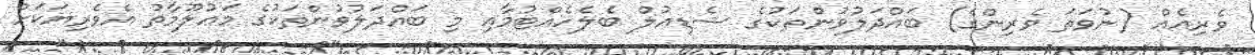
ވެރިއެއް (ނުވަތަ ވެރިންގެ) ބައްދަލުވުންތަކުގެ ޝެޑިއުލް ބެލެހެއްޓުމާއި މި ބައްދަލުވުންތަކުގެ މަޢުލޫމާތު އެވެރިޔަކަށް